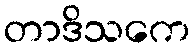
တာဒိသကေ